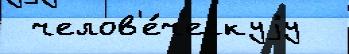
 челов'е́ческуjу